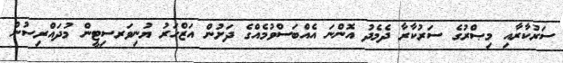
ސަރުކާރާއި މިޞްރުގެ ސަރުކާރާ ދެމެދު އޮންނަ އެއްބަސްވުމެއްގެ ދަށުން އަޒްހަރު ޔުނިވަރސިޓީން މުދައްރިސުން